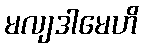
မလျဒါမေဟိ